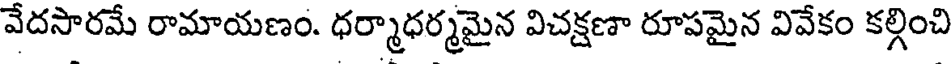
వేదసారమే రామాయణం. ధర్మాధర్మమైన విచక్షణా రూపమైన వివేకం కల్గించి